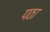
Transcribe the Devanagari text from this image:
पठा